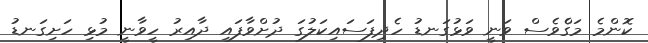
ކޮންމެ މަގެްވެސް ވަނީ ވަޅުގަނޑު ހެދިފަސައިކަލުގަ ދުށްވާފައި ދާއިރު ހީވާނީ މުޅި ހަށިގަނޑު